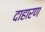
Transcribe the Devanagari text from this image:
दाहारण